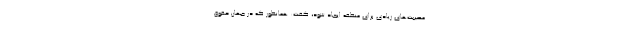
مصیبت‌های زیادی برای منطقه ایجاد شود، گفت: همانطور که در جهان حقوق